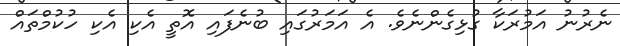
ނެރުނު އަމުރަކާ ގުޅިގެންނެވެ. އެ އަމަރުގައި ބުނެފައި އޮތީ އެކި އެކި ހުކުމްތައް